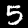
Digit: 5